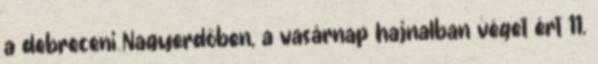
a debreceni Nagyerdőben, a vasárnap hajnalban véget ért 11.